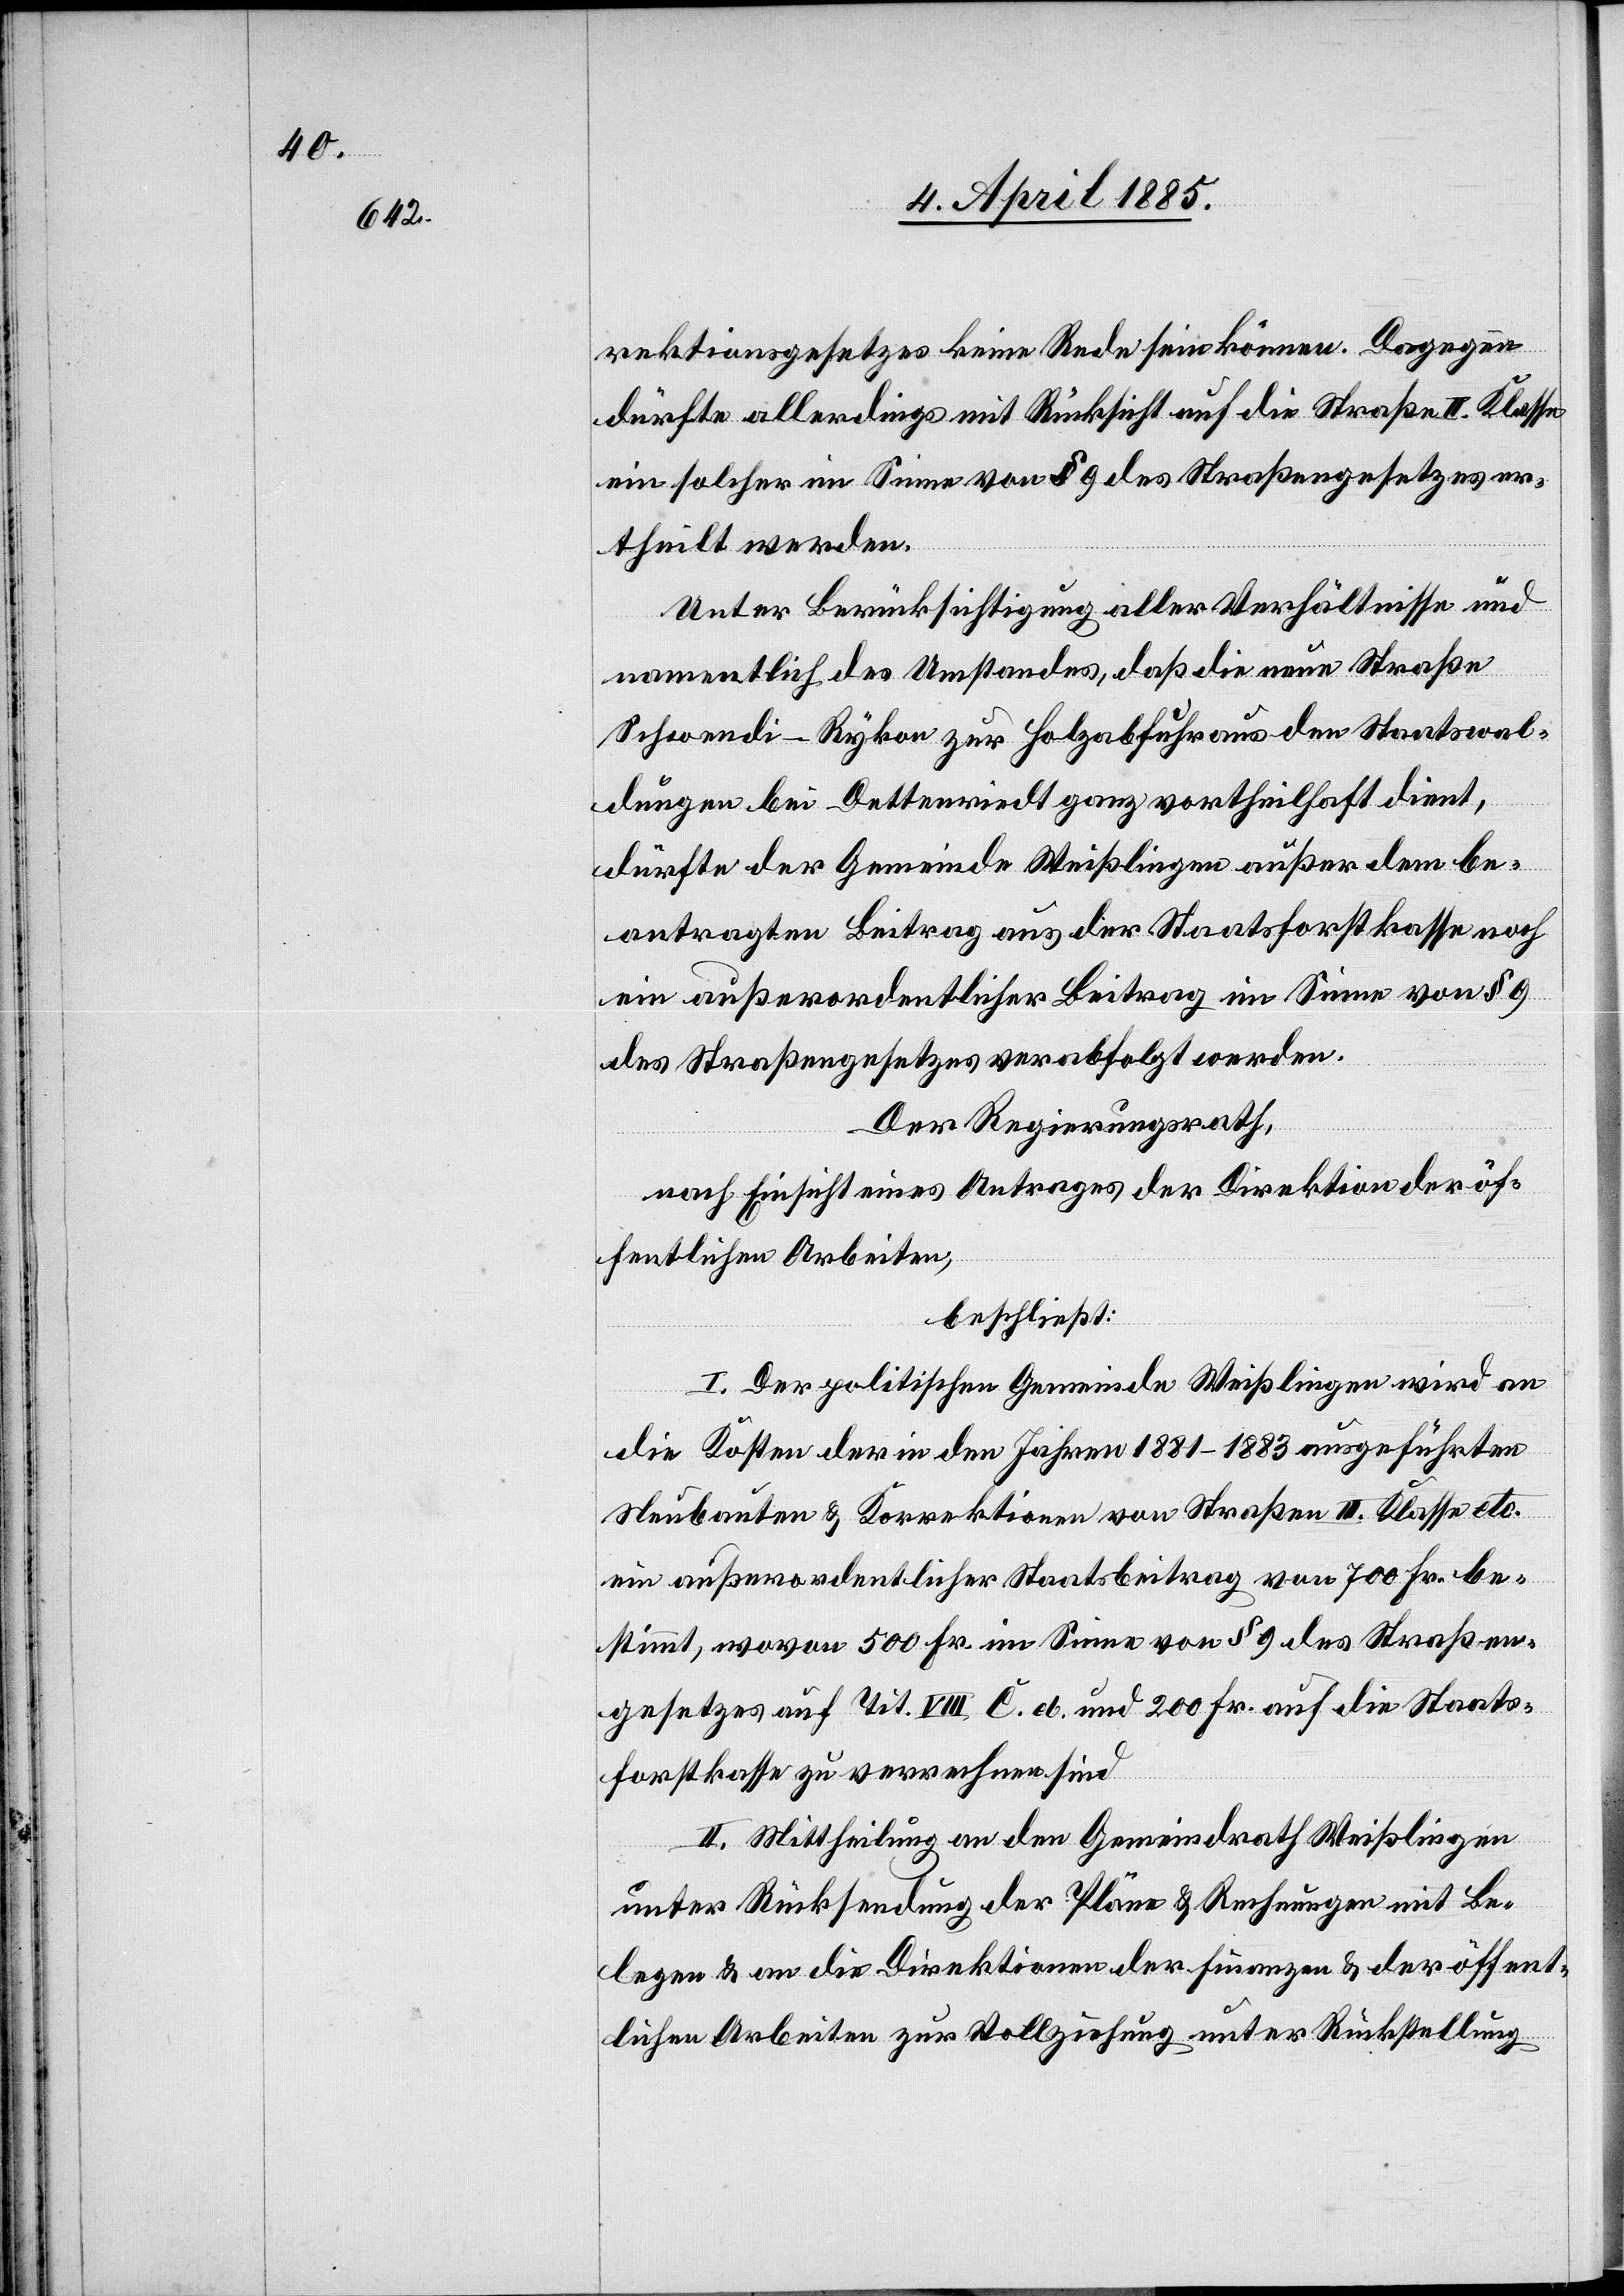
rektionsgesetzes keine Rede sein können. Dagegen
dürfte allerdings mit Rücksicht auf die Straße II. Klasse
ein solches im Sinne von § 4 des Straßengesetzes er¬
theilt werden.
Unter Berücksichtigung aller Verhältnisse und
namentlich des Umstandes, daß die neue Straße
Schwendi–Rykon zur Holzabfuhr aus den Staatswal¬
dungen bei Detterriedt ganz vortheilhaft dient,
dürfte der Gemeinde Weißlingen außer dem be¬
antragten Beitrag aus der Staatsforstkasse noch
ein außerordentlicher Beitrag im Sinne von§ 9
des Straßengesetzes verabfolgt werden.
Der Regierungsrath,
nach Einsicht eines Antrages der Direktion der öf¬
fentlichen Arbeiten,
beschließt:
I. Der politischen Gemeinde Weißlingen wird an
die Kosten der in den Jahren 1881–1883 ausgeführten
Neubauten & Korrektion von Straßen III. Klasse etc.
ein außerordentlicher Staatsbeitrag von 700 Fr. be¬
stimmt, wovon 500 Fr. im Sinne von § 9 des Straßen¬
gesetzes auf Tit. VIII C. el. und 200 Fr. auf die Staats¬
forstkasse zu verrechnen sind.
II. Mittheilung an den Gemeindrath Weißlingen
unter Rücksendung der Pläne & Rechnungen mit Be¬
legen & an die Direktionen der Finanzen & der öffent¬
lichen Arbeiten zur Vollziehung unter Rückstellung